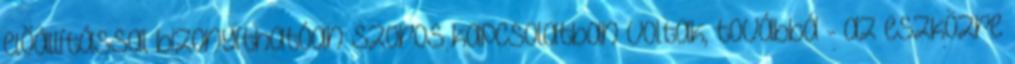
előállítással bizonyíthatóan szoros kapcsolatban voltak, továbbá - az eszközre